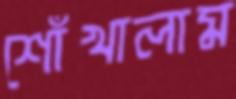
শোঁখালাম